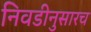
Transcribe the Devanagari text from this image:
निवडीनुसारच